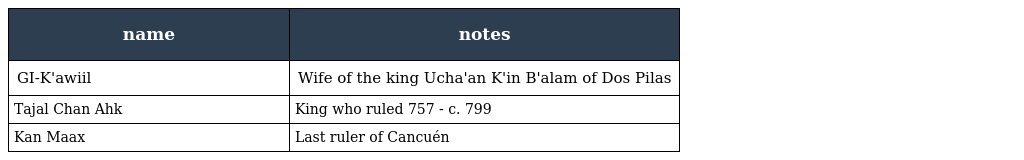
| name | notes |
 | --- | --- |
 | GI-K'awiil | Wife of the king Ucha'an K'in B'alam of Dos Pilas |
 | Tajal Chan Ahk | King who ruled 757 - c. 799 |
 | Kan Maax | Last ruler of Cancuén |